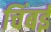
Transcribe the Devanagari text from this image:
चिंबई